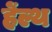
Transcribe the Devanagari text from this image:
हेंल्थ